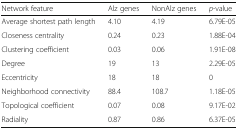
<table><thead><tr><td><b>Network feature</b></td><td><b>Alz genes</b></td><td><b>NonAlz genes</b></td><td><b><i>p</i>-value</b></td></tr></thead><tbody><tr><td>Average shortest path length</td><td>4.10</td><td>4.19</td><td>6.79E-05</td></tr><tr><td>Closeness centrality</td><td>0.24</td><td>0.23</td><td>1.88E-04</td></tr><tr><td>Clustering coefficient</td><td>0.03</td><td>0.06</td><td>1.91E-08</td></tr><tr><td>Degree</td><td>19</td><td>13</td><td>2.29E-05</td></tr><tr><td>Eccentricity</td><td>18</td><td>18</td><td>0</td></tr><tr><td>Neighborhood connectivity</td><td>88.4</td><td>108.7</td><td>1.18E-05</td></tr><tr><td>Topological coefficient</td><td>0.07</td><td>0.08</td><td>9.17E-02</td></tr><tr><td>Radiality</td><td>0.87</td><td>0.86</td><td>6.37E-05</td></tr></tbody></table>